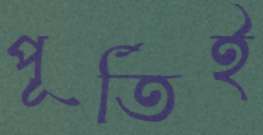
পূর্তিই